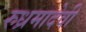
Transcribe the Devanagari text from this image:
रुध्रमादेवी